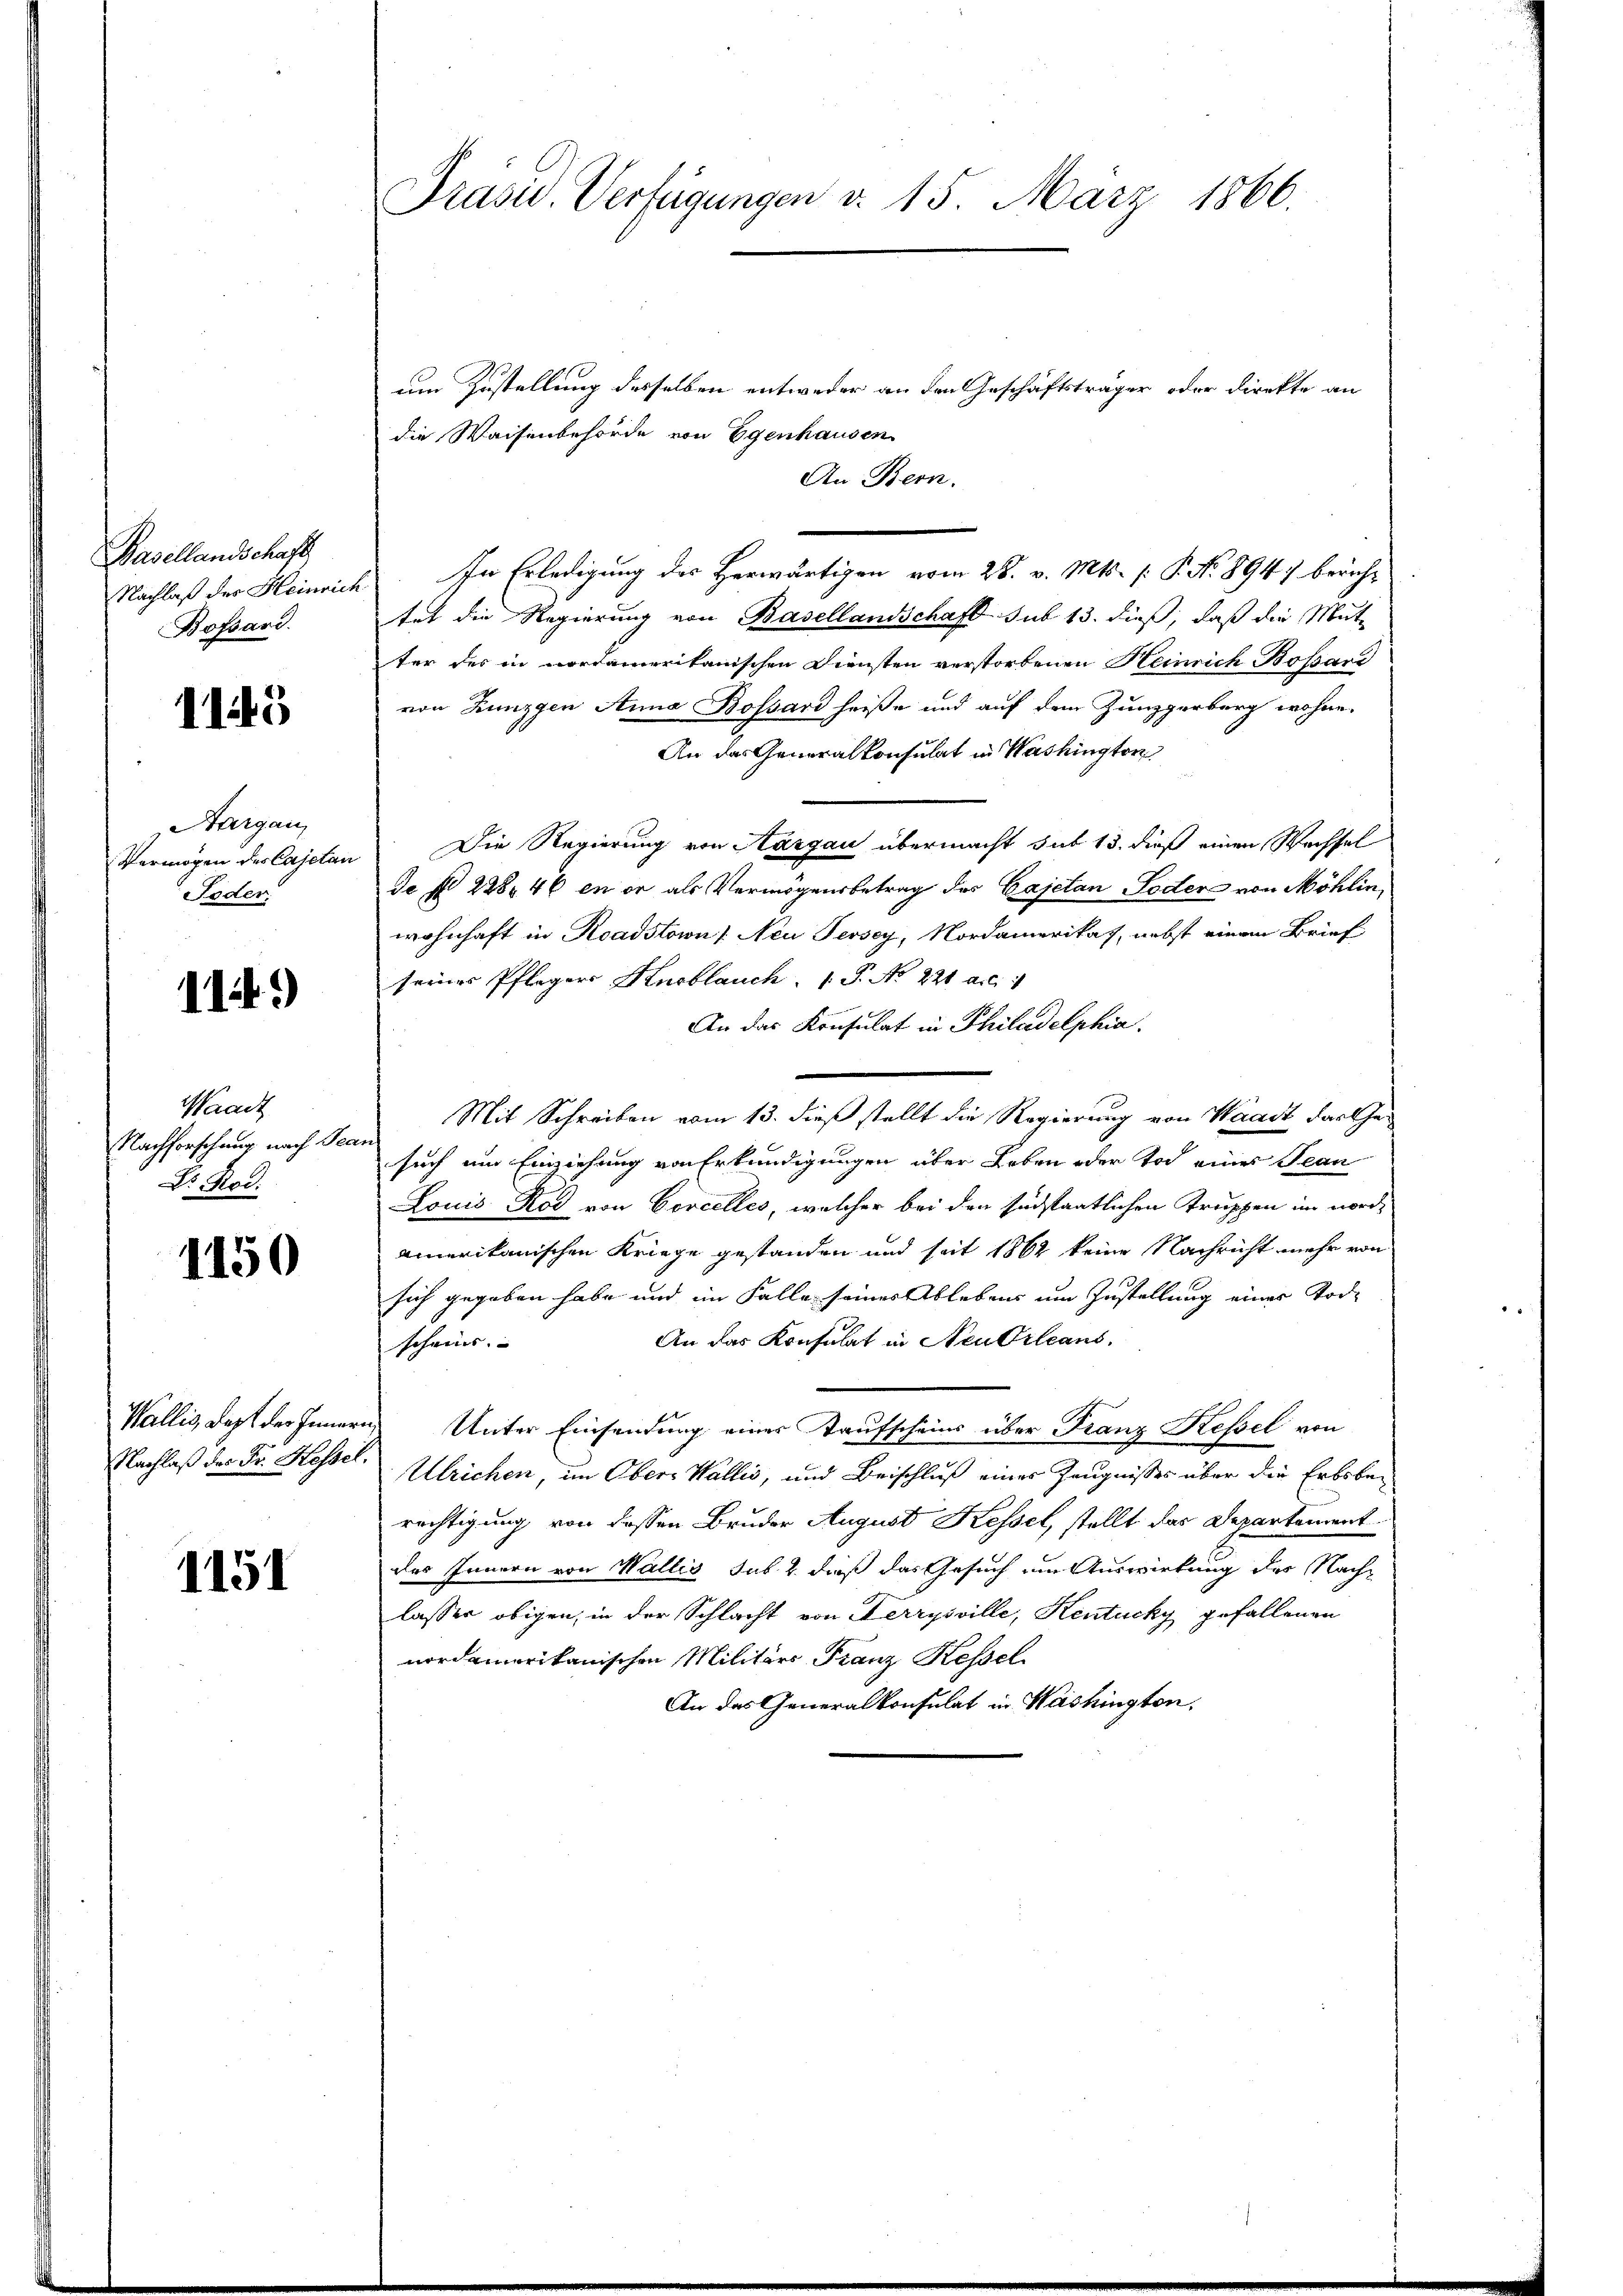
Basellandschaft
Nachlaß des Heinric
Bossard.

1145

Aargau
Vermögen des Cajetan
Foder

1149)

Waadt
Nachforschung nach Sec
Dr Rod:

1150

1151

Präsid.. Verfügungen d. 15. März 1866.

um Zustellung desselben entweder an den Geschäftsträger oder direkte an
die Waisenbehörde von Egenhausen
An Bern.
 In Erledigung des Herwärtigen vom 28. v. Mts. (: P. Nr. 8947 bericht
tet die Regierung von Basellandschaft sub 13. dieß, daß die Mut-
ter des in nordamerikanischen Diensten verstorbenen Heinrich Bossard
von Lunzgen Anna Bossard heiße und auf dem Zunggerburg wohne.
An das Generalkonsulat in Washington
 Die Regierung von Aargau übermacht sub 13. dieß einen Wechsel
de § 228. 46 en er als Vermögensbetrag des Cajetan oder von Möhlin,
wohnhaft in Roadstown /: Neu Persey, Nordamerikas, nebst einem Brief
seines Pflegers Knoblauch P. No 221 Art. 1
An das Konsulat in Philadelphia
Mit Schreiben vom 13. dieß stellt die Regierung von Waadt Farthee
such um Einziehung von Erkundigungen über Leben oder Tod eines Jean
Louis Rod von Corcelles, welcher bei den suchstaatlichen Truppen im nordamerikanischen Kriege gestanden und seit 1862 keine Nachricht mehr von
sich gegeben habe und im Falle seines Ablebens um Zustellung einer Tode
An das Konsulat in Neubrleans,
scheins.
Wallis, daß der Innern Unter Einsendung einer Taufscheins über Franz Kessel von
Nachlaß der Fr. Kossel. Ulrichen, im Obers Wallis, und Beischluß eines Zeugnisses über die Erbsberechtigung von dessen Bruder August Kessel, stellt das Departement
des Innern von Wallis sub. 2. dieß das Gesuch im Auswirkung des Nachlassen obigen, in der Schlacht von Ferrysville, Kentucky gefallenen
nordamerikanischen Militärs Franz Kessel
An das Generalkonsulat in Washington,